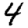
Digit: 4